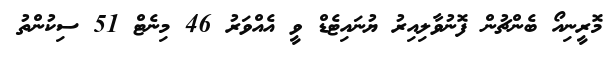
މޮރީނިއޯ ބެންޗުން ފޮނުވާލިއިރު ޔުނައިޓެޑް ވީ އެއްވަރު 46 މިނެޓް 51 ސިކުންތު